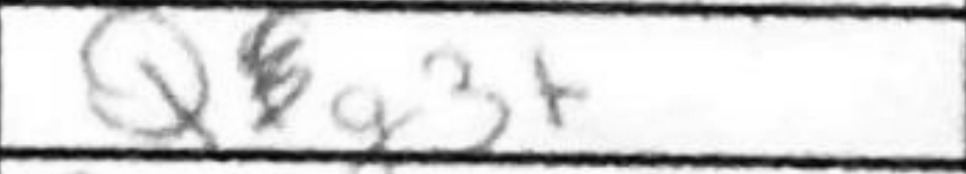
Transcription: Qxg3+